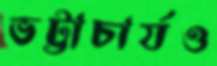
ভট্টাচার্যও